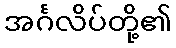
အင်္ဂလိပ်တို့၏